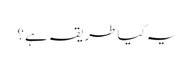
یہ کیا طریقہ ہے؟